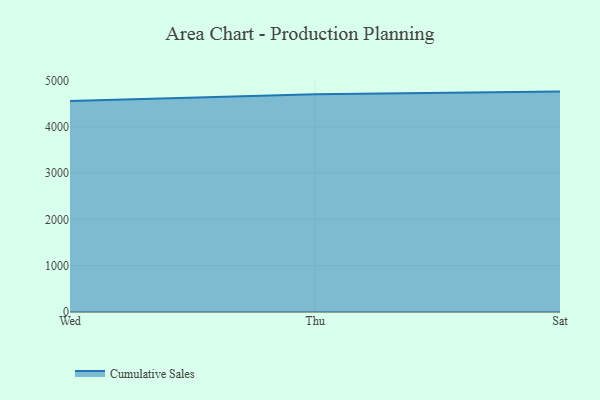
{"axis": {"x": "Day", "y": "Satisfaction Score"}, "legend": ["Cumulative Sales"], "data": [{"x": "Wed", "y": 4555.9, "type": "Cumulative Sales"}, {"x": "Thu", "y": 4698.1, "type": "Cumulative Sales"}, {"x": "Sat", "y": 4757.9, "type": "Cumulative Sales"}]}